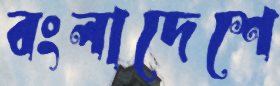
বংলাদেশে